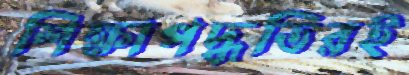
শিক্ষাপদ্ধতিরই